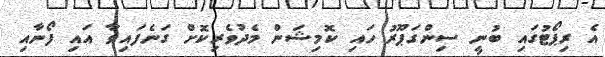
އެ ރިޕޯޓުގައި ބުނީ ސިންގަޕޫރު ހައި ކޮމިޝަން މެދުވެރިކޮށް ގަނެފައިވާ އައި ފޯނާއި